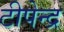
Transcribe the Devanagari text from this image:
टीपेन्द्र